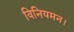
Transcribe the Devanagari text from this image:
विनियमन।